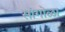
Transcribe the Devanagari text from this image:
सांगोळा